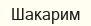
Шакарим